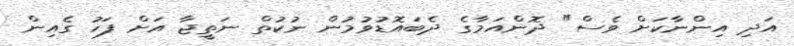
އަދި އިންނާކަށް ވެސް" ދޮންއަމާގެ ދެބައޮޑުވުމުން ނުކުތް ނަތީޖާ އަށް ފަހު ގެއިން